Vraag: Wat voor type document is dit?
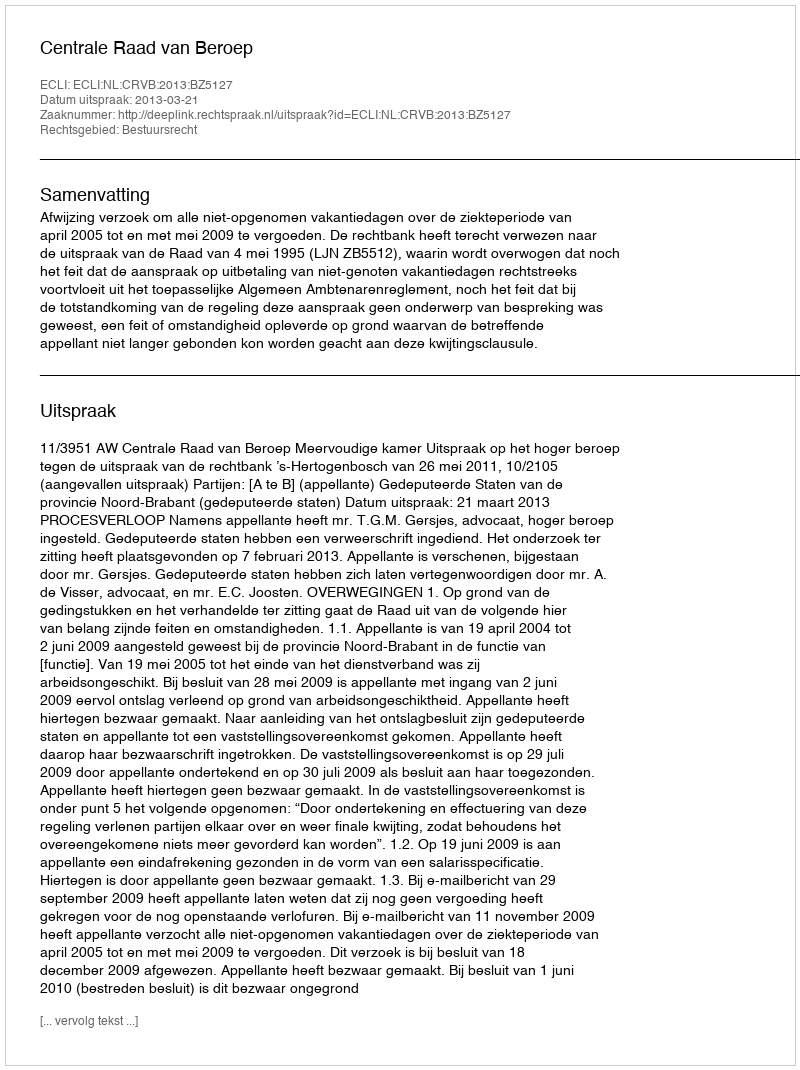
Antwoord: Uitspraak